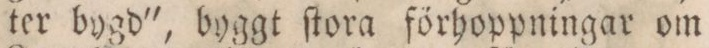
ter bygd', byggt ſtora förhoppningar om